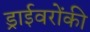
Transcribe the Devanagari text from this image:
ड्राईवरोंकी